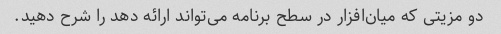
دو مزیتی که میان‌افزار در سطح برنامه می‌تواند ارائه دهد را شرح دهید.